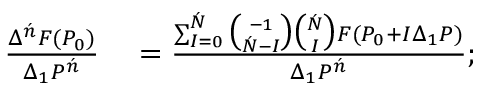
\begin{array} { r l } { { \frac { \Delta ^ { \acute { n } } F ( P _ { 0 } ) } { \Delta _ { 1 } P ^ { \acute { n } } } } } & { { } = { \frac { \sum _ { I = 0 } ^ { \acute { N } } { \binom { - 1 } { { \acute { N } } - I } } { \binom { \acute { N } } { I } } F ( P _ { 0 } + I \Delta _ { 1 } P ) } { \Delta _ { 1 } P ^ { \acute { n } } } } ; } \end{array}